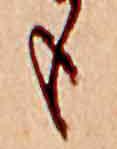
も